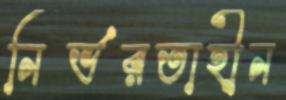
নির্ভরতাহীন